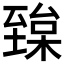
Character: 𦥅